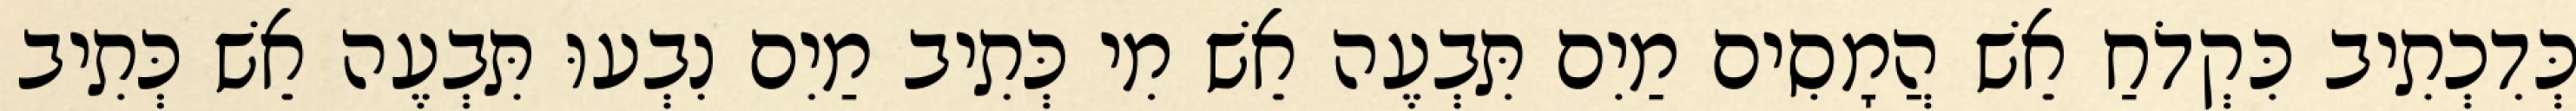
כְּדִכְתִיב כִּקְדֹחַ אֵשׁ הֲמָסִים מַיִם תִּבְעֶה אֵשׁ מִי כְּתִיב מַיִם נִבְעוּ תִּבְעֶה אֵשׁ כְּתִיב